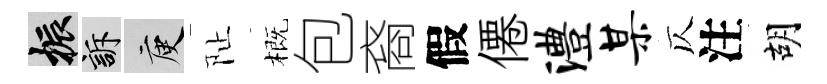
振訴庾阯概包裔假僊澧某仄注胡